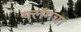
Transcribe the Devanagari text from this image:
फ्लॅगचा